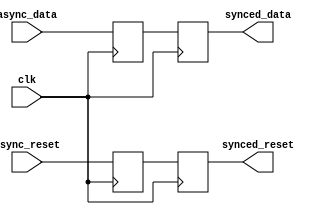
module synchronizer_with_reset (
    input wire clk,
    input wire async_data,
    input wire async_reset,
    output reg synced_data,
    output reg synced_reset
);

reg async_data_reg;
reg async_reset_reg;

always @(posedge clk) begin
    async_data_reg <= async_data;
    async_reset_reg <= async_reset;
end

always @(posedge clk) begin
    synced_data <= async_data_reg;
    synced_reset <= async_reset_reg;
end

endmodule